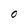
Character: O